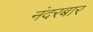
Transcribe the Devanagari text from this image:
नंदरबार